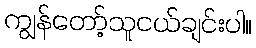
ကျွန်တော့်သူငယ်ချင်းပါ။